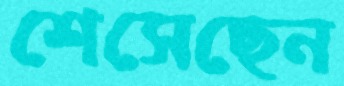
শেসেছেন